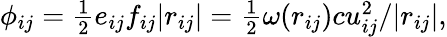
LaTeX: \begin{array}{r}{\phi_{ij}=\frac 12e_{ij}f_{ij}|r_{ij}|=\frac{1}{2}\omega(r_{ij})cu_{ij}^{2}/|r_{ij}|,}\end{array}